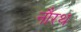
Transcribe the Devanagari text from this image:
नौरथ